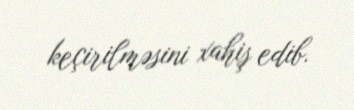
keçirilməsini xahiş edib.